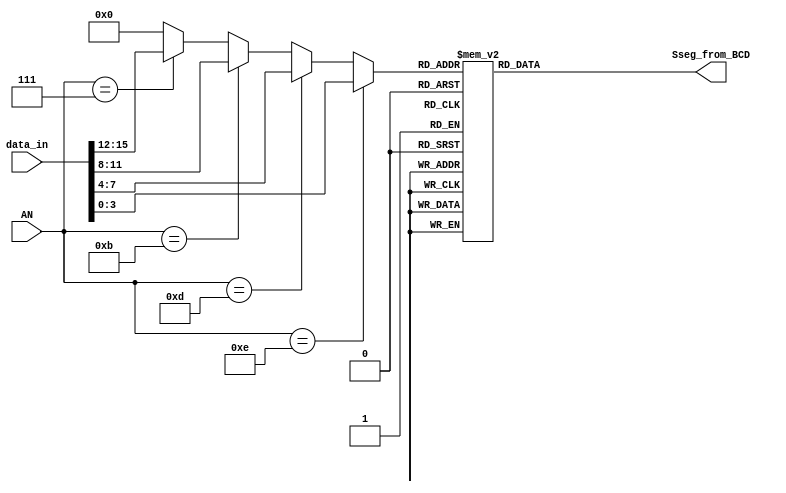
module keyboard_to_Sseg(
	input wire [15:0] data_in,
	input wire [3:0] AN,
   output reg [7:0] Sseg_from_BCD
    );
	 
	
	 reg [3:0] digit;
	 
	 always@(data_in,AN) begin
		if (AN == 4'hE )
		   digit = data_in[3:0];
		else if (AN == 4'hD)
		   digit = data_in[7:4];
		else if (AN == 4'hB)
		   digit = data_in[11:8];
		else if (AN == 4'h7)
		   digit = data_in[15:12];
		else
			digit = 4'h0;    // default case in case structure
	 end
	
	 always@(digit) begin
			case (digit)
				
				4'h0 : Sseg_from_BCD = 8'h03; //0
            4'h1 : Sseg_from_BCD = 8'h9F; //1
            4'h2 : Sseg_from_BCD = 8'h25; //2
            4'h3 : Sseg_from_BCD = 8'h0D; //3
            4'h4 : Sseg_from_BCD = 8'h99; //4
            4'h5 : Sseg_from_BCD = 8'h49; //5
            4'h6 : Sseg_from_BCD = 8'h41; //6
            4'h7 : Sseg_from_BCD = 8'h1F; //7
            4'h8 : Sseg_from_BCD = 8'h01; //8
            4'h9 : Sseg_from_BCD = 8'h19; //9
				4'hA : Sseg_from_BCD = 8'h11; //10
				4'hB : Sseg_from_BCD = 8'hC1; //11
				4'hC : Sseg_from_BCD = 8'h63; //12
				4'hD : Sseg_from_BCD = 8'h85; //13
				4'hE : Sseg_from_BCD = 8'h61; //14
				4'hF : Sseg_from_BCD = 8'h71; //15
					default : Sseg_from_BCD = 8'hFF;
			endcase
	 end
	 
	

	



endmodule